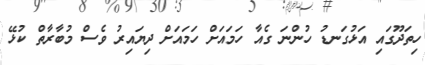
ހިތަދޫގައި އަޅުގަނޑު ހުންނަ ގެއާ ހަމައަށް ހަމައަށް ދިޔައިރު ވެސް މުބާރާތް ކުޅޭ